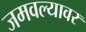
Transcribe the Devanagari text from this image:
जमवल्यावर